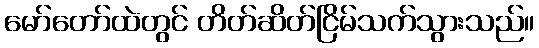
မော်တော်ထဲတွင် တိတ်ဆိတ်ငြိမ်သက်သွားသည်။